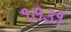
૧૭૩૧